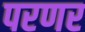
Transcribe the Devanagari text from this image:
परणर